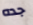
جده